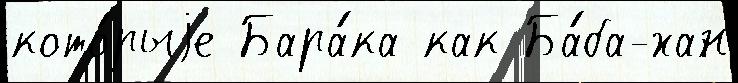
кото́рыjе Бара́ка как Ба́ба-хан